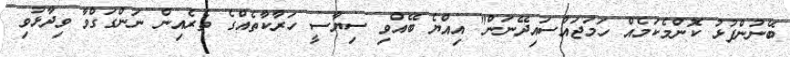
ބޭނުންފުޅު ކޮންމެކަމެއް ހަމަޖައްސައިދޭނަން" އިއްޔެ ބޭއްވި ސިޔާސީ ހަރާކާތެއްގެ ތެރެއިން ނަންގަގްވާ ވިދާޅުވި